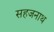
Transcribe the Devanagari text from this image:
सहजनाथ